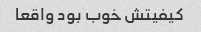
کیفیتش خوب بود واقعا